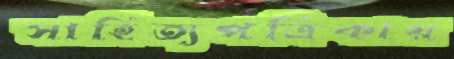
সাহিত্যপত্রিকায়